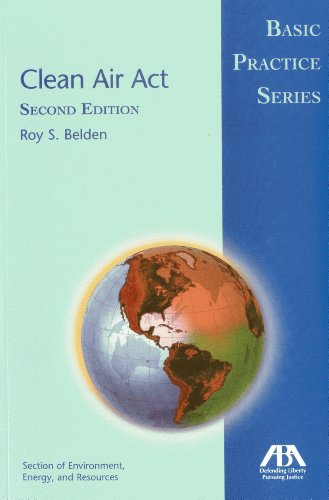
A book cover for Clean Air Act: Basic Practice Series; Roy S. Belden; Law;